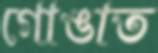
গোঙাত